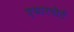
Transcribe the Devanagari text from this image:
एयारपोर्ट